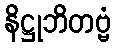
နိဋ္ဌုဘိတဗ္ဗံ